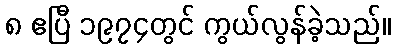
၈ ဧပြီ ၁၉၇၄တွင် ကွယ်လွန်ခဲ့သည်။